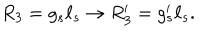
R _ { 3 } = g _ { s } \ell _ { s } \rightarrow R _ { 3 } ^ { \prime } = g _ { s } ^ { \prime } \ell _ { s } .